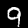
Digit: 9